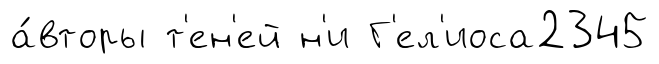
а́вторы т'ен'ей н'и Г'ел'иоса2345